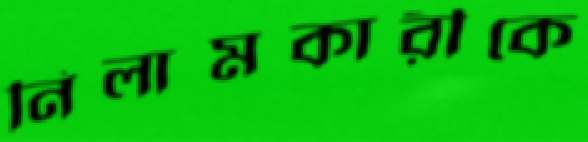
নিলামকারীকে